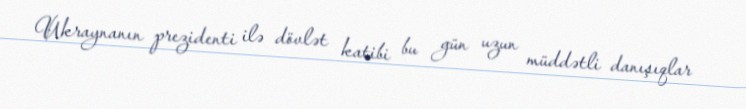
Ukraynanın prezidenti ilə dövlət katibi bu gün uzun müddətli danışıqlar